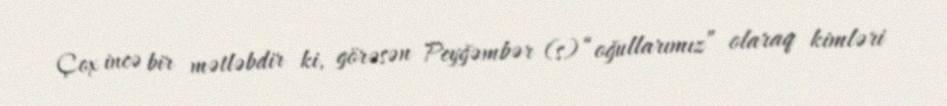
Çox incə bir mətləbdir ki, görəsən Peyğəmbər (s) “oğullarımız” olaraq kimləri